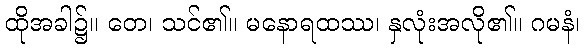
ထိုအခါ၌။ တေ၊ သင်၏။ မနောရထဿ၊ နှလုံးအလို၏။ ဂမနံ၊